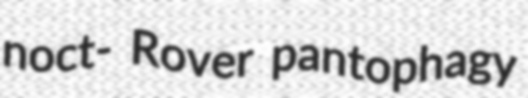
noct- Rover pantophagy